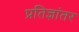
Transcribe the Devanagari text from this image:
प्रतिज्ञांतर